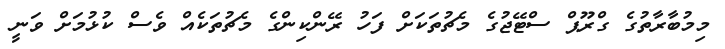
މިމުބާރާތުގެ ގްރޫޕް ސްޓޭޖުގެ މެޗުތަކަށް ފަހު ރޭންކިންގެ މެޗުތަކެއް ވެސް ކުޅުމަށް ވަނީ